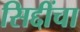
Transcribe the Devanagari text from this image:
सिद्दींचा